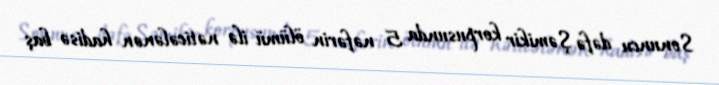
Sonuncu dəfə Şəmikir korpusunda 5 nəfərin ölümü ilə nəticələnən hadisə baş